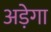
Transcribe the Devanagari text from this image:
अड़ेगा